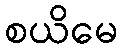
စယိမေ